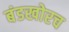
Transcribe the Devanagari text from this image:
बंडखोरच